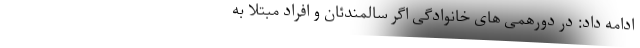
ادامه داد: در دورهمی های خانوادگی اگر سالمندئان و افراد مبتلا به